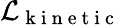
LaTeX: \mathcal{L}_{\mathrm{~k~i~n~e~t~i~c~}}